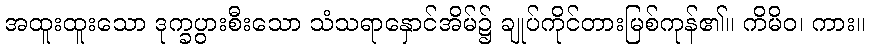
အထူးထူးသော ဒုက္ခပွားစီးသော သံသရာနှောင်အိမ်၌ ချုပ်ကိုင်တားမြစ်ကုန်၏။ ကိမိဝ၊ ကား။